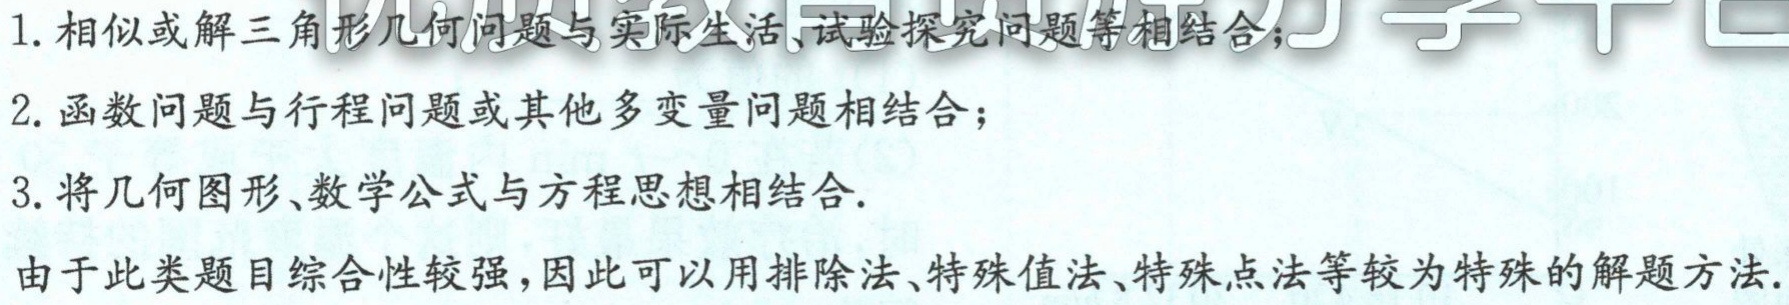
1. 相似或解三角形几何问题与实际生活、试验探究问题等相结合；

2. 函数问题与行程问题或其他多变量问题相结合；

3. 将几何图形、数学公式与方程思想相结合.

由于此类题目综合性较强，因此可以用排除法、特殊值法、特殊点法等较为特殊的解题方法.